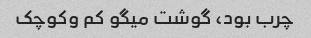
چرب بود، گوشت میگو کم وکوچک